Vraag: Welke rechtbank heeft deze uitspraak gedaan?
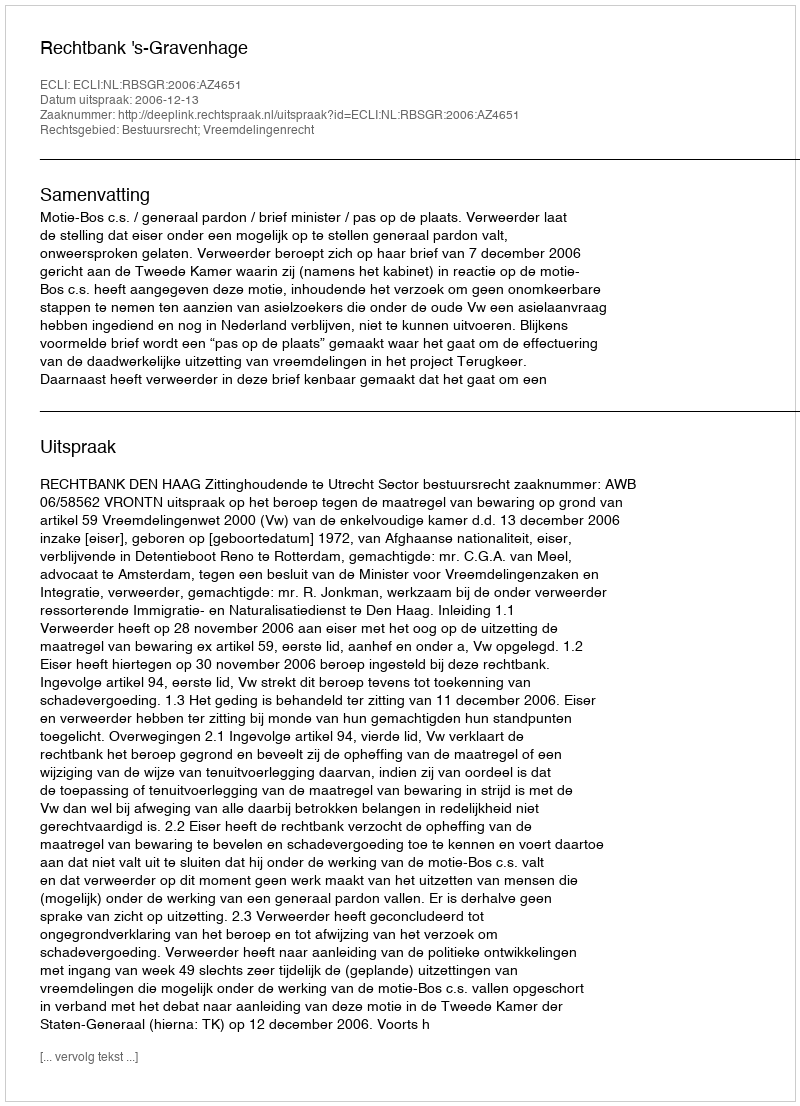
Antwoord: Rechtbank 's-Gravenhage